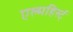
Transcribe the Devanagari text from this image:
एल्महिर्स्ट्